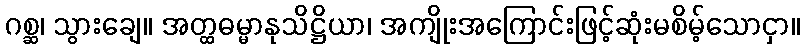
ဂစ္ဆ၊ သွားချေ။ အတ္ထဓမ္မာနုသိဋ္ဌိယာ၊ အကျိုးအကြောင်းဖြင့်ဆုံးမစိမ့်သောငှာ။